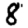
Digit: 8